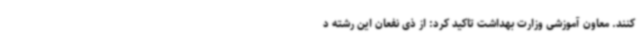
کنند. معاون آموزشی وزارت بهداشت تاکید کرد: از ذی نفعان این رشته د